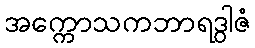
အက္ကောသကဘာရဒွါဇံ